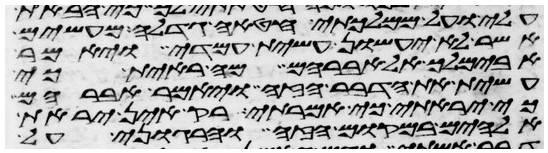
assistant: עלי ועל ממלכתי חטאה גדלה מעשים
אשר לא יעשון עשית עמדי ויאמר
אבימלך אל אברהם מה ראית כי
עשית את הדבר הזה ויאמר אברהם
כי יראתי כי אמרתי רק אין יראת
אלהים במקום הזה והרגוני על